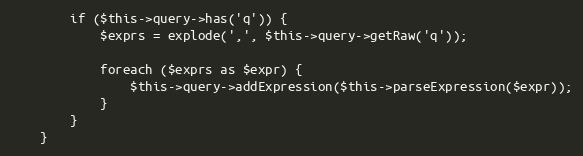
Language: PHP
        if ($this->query->has('q')) {
            $exprs = explode(',', $this->query->getRaw('q'));

            foreach ($exprs as $expr) {
                $this->query->addExpression($this->parseExpression($expr));
            }
        }
    }